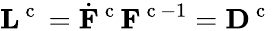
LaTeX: {\mathbf L}^{\mathrm{~c~}}=\dot{{\mathbf F}}^{\mathrm{~c~}}{\mathbf F}^{\mathrm{~c~}-1}={\mathbf D}^{\mathrm{~c~}}